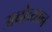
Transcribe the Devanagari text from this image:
अबोव्यान